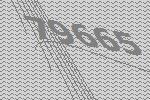
79665